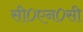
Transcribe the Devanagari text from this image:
सी०एन०सी